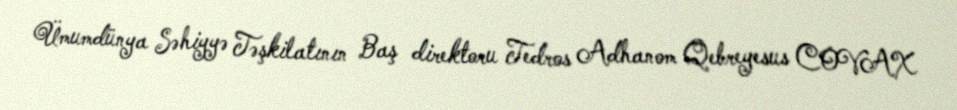
Ümumdünya Səhiyyə Təşkilatının Baş direktoru Tedros Adhanom Qebreyesus COVAX